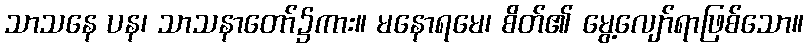
သာသနေ ပန၊ သာသနာတော်၌ကား။ မနောရမေ၊ စိတ်၏ မွေ့လျော်ရာဖြစ်သော။